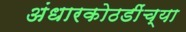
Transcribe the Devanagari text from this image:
अंधारकोठडींच्या